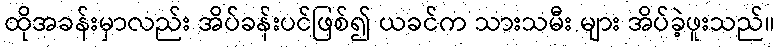
ထိုအခန်းမှာလည်း အိပ်ခန်းပင်ဖြစ်၍ ယခင်က သားသမီး များ အိပ်ခဲ့ဖူးသည်။